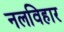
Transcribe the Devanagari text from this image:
नलविहार